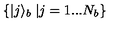
\left\{ | j \rangle _ { b } \right. \left| j = 1 . . . N _ { b } \right\}